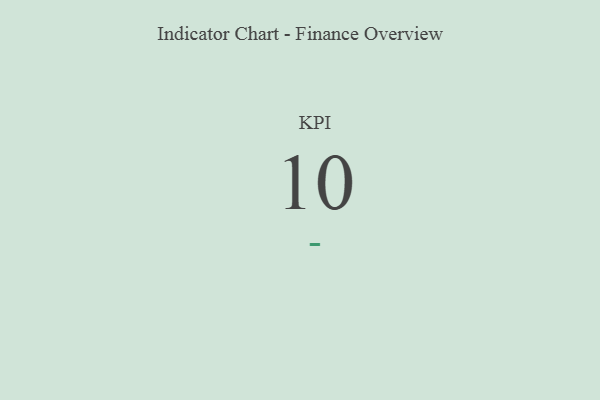
{"axis": {"x": "KPI", "y": "Value"}, "legend": [""], "data": [{"x": "KPI", "y": 10, "type": ""}]}